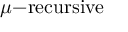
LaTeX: \mu { \mathrm { - r e c u r s i v e } }